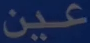
عين